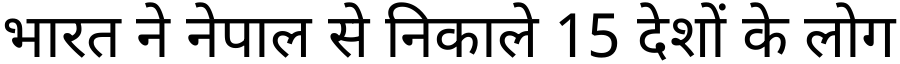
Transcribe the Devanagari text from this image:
भारत ने नेपाल से निकाले 15 देशों के लोग